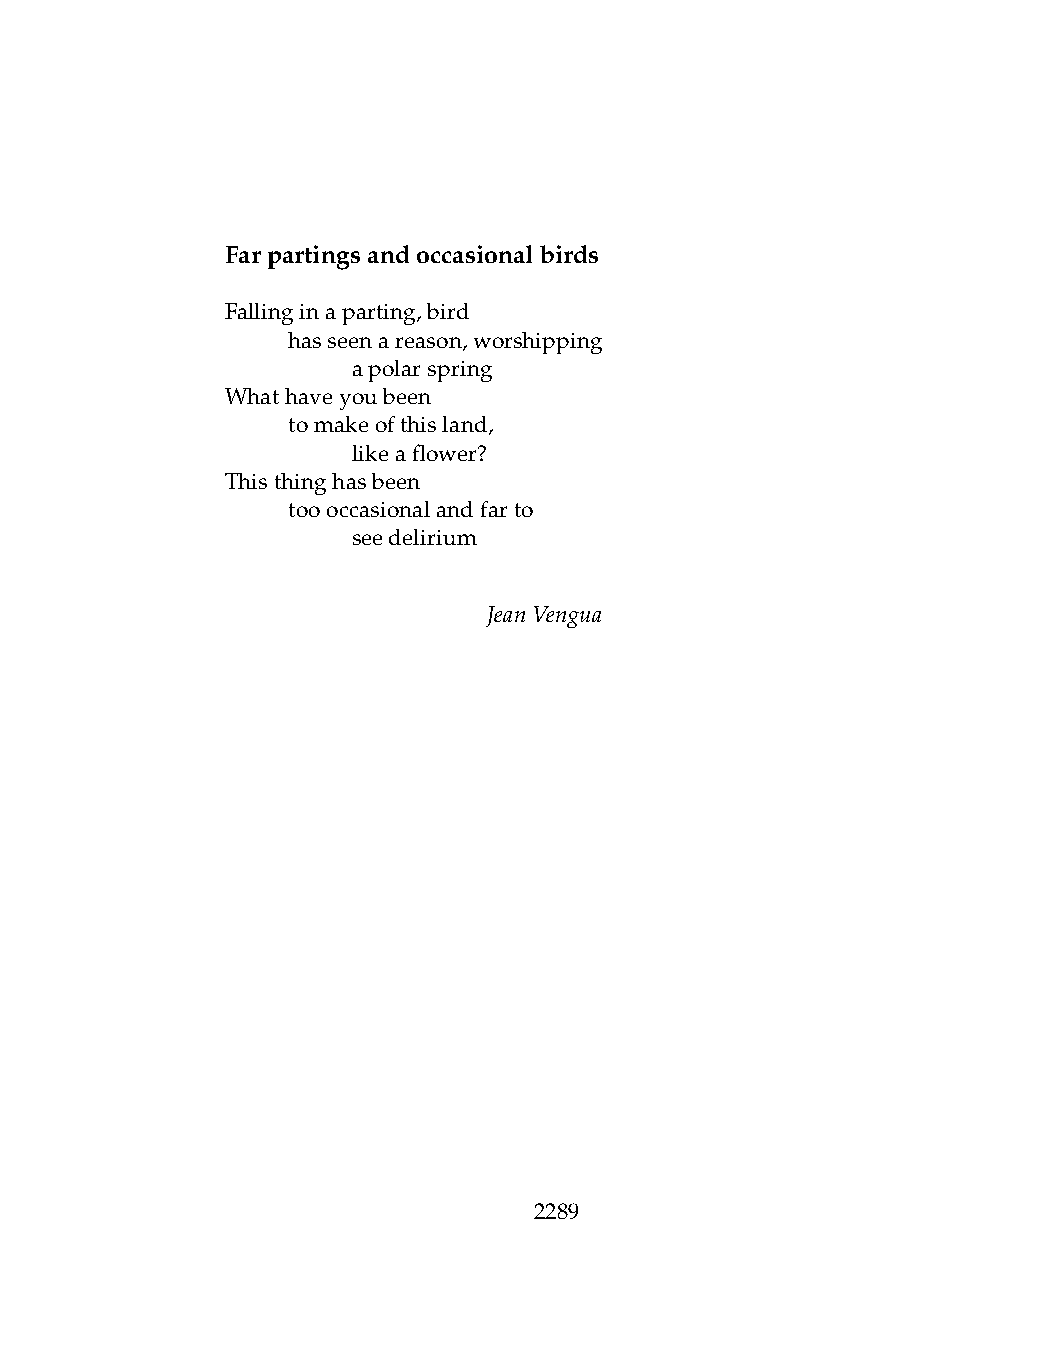
Farpartingsandoccasionalbirds
 Fallinginaparting,bird
 .   hasseenareason,worshipping
 .   .   apolarspring
 Whathaveyoubeen
 .   tomakeofthisland,
 .   .   likeaflower?
 Thisthinghasbeen
 .   toooccasionalandfarto
 .   .   seedelirium
 JeanVengua
 2289